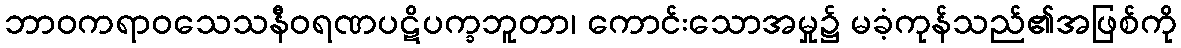
ဘာဝကရာဝသေသနီဝရဏပဋိပက္ခဘူတာ၊ ကောင်းသောအမှု၌ မခံ့ကုန်သည်၏အဖြစ်ကို